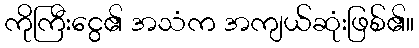
ကိုကြီးငွေ၏ အသံက အကျယ်ဆုံးဖြစ်၏။